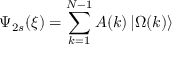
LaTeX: \Psi _ { 2 s } ( \xi ) = \sum _ { k = 1 } ^ { N - 1 } A ( k ) \left| \Omega ( k ) \right\rangle